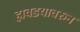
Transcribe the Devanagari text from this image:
हावडयावरुन